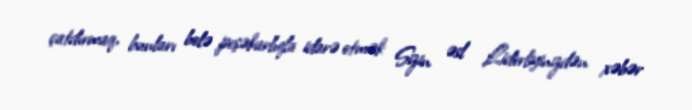
çatdırmaq, bunları belə peşəkarlıqla idarə etmək Sizin əsl Liderliyinizdən xəbər